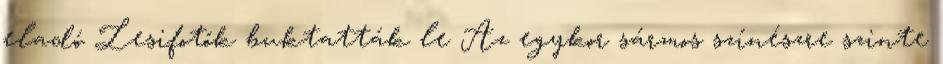
eladó Lesifotók buktatták le Az egykor sármos színészre szinte